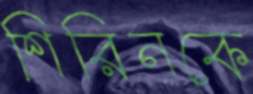
শিরিনকে